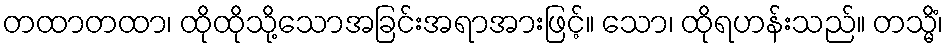
တထာတထာ၊ ထိုထိုသို့သောအခြင်းအရာအားဖြင့်။ သော၊ ထိုရဟန်းသည်။ တသ္မိံ၊